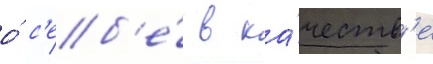
о́ с'еб'е́ в ка́честв'е